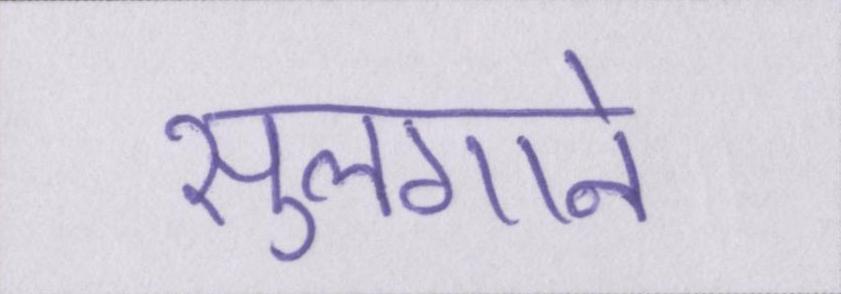
सुलगाने